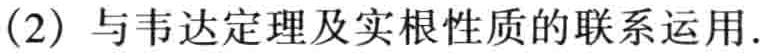
(2) 与韦达定理及实根性质的联系运用.